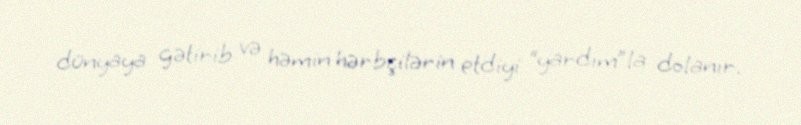
dünyaya gətirib və həmin hərbçilərin etdiyi “yardım”la dolanır.